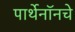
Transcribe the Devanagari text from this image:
पार्थेनॉनचे